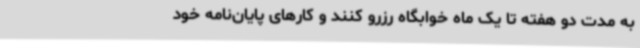
به مدت دو هفته تا یک ماه خوابگاه رزرو کنند و کارهای پایان‌نامه خود